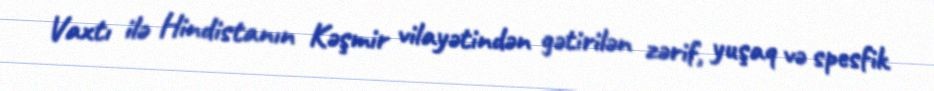
Vaxtı ilə Hindistanın Kəşmir vilayətindən gətirilən zərif, yuşaq və spesfik